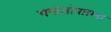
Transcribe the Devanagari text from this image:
गणेशोपासना